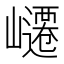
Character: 𭗥